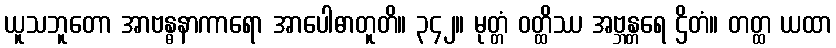
ယူသဘူတော အာဗန္ဓနာကာရော အာပေါဓာတူတိ။ ၃၄၂။ မုတ္တံ ဝတ္ထိဿ အဗ္ဘန္တရေ ဌိတံ။ တတ္ထ ယထာ